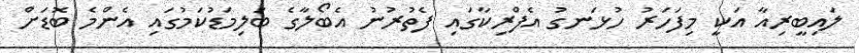
ލައިބީރިއާ އަކީ މިފަހަރު ހުޅަނގު އެފްރިކާގައި ފެތުރުނު އެބޯލާގެ ބަލިމަޑުކަމުގައި އެންމެ ބޮޑަށް